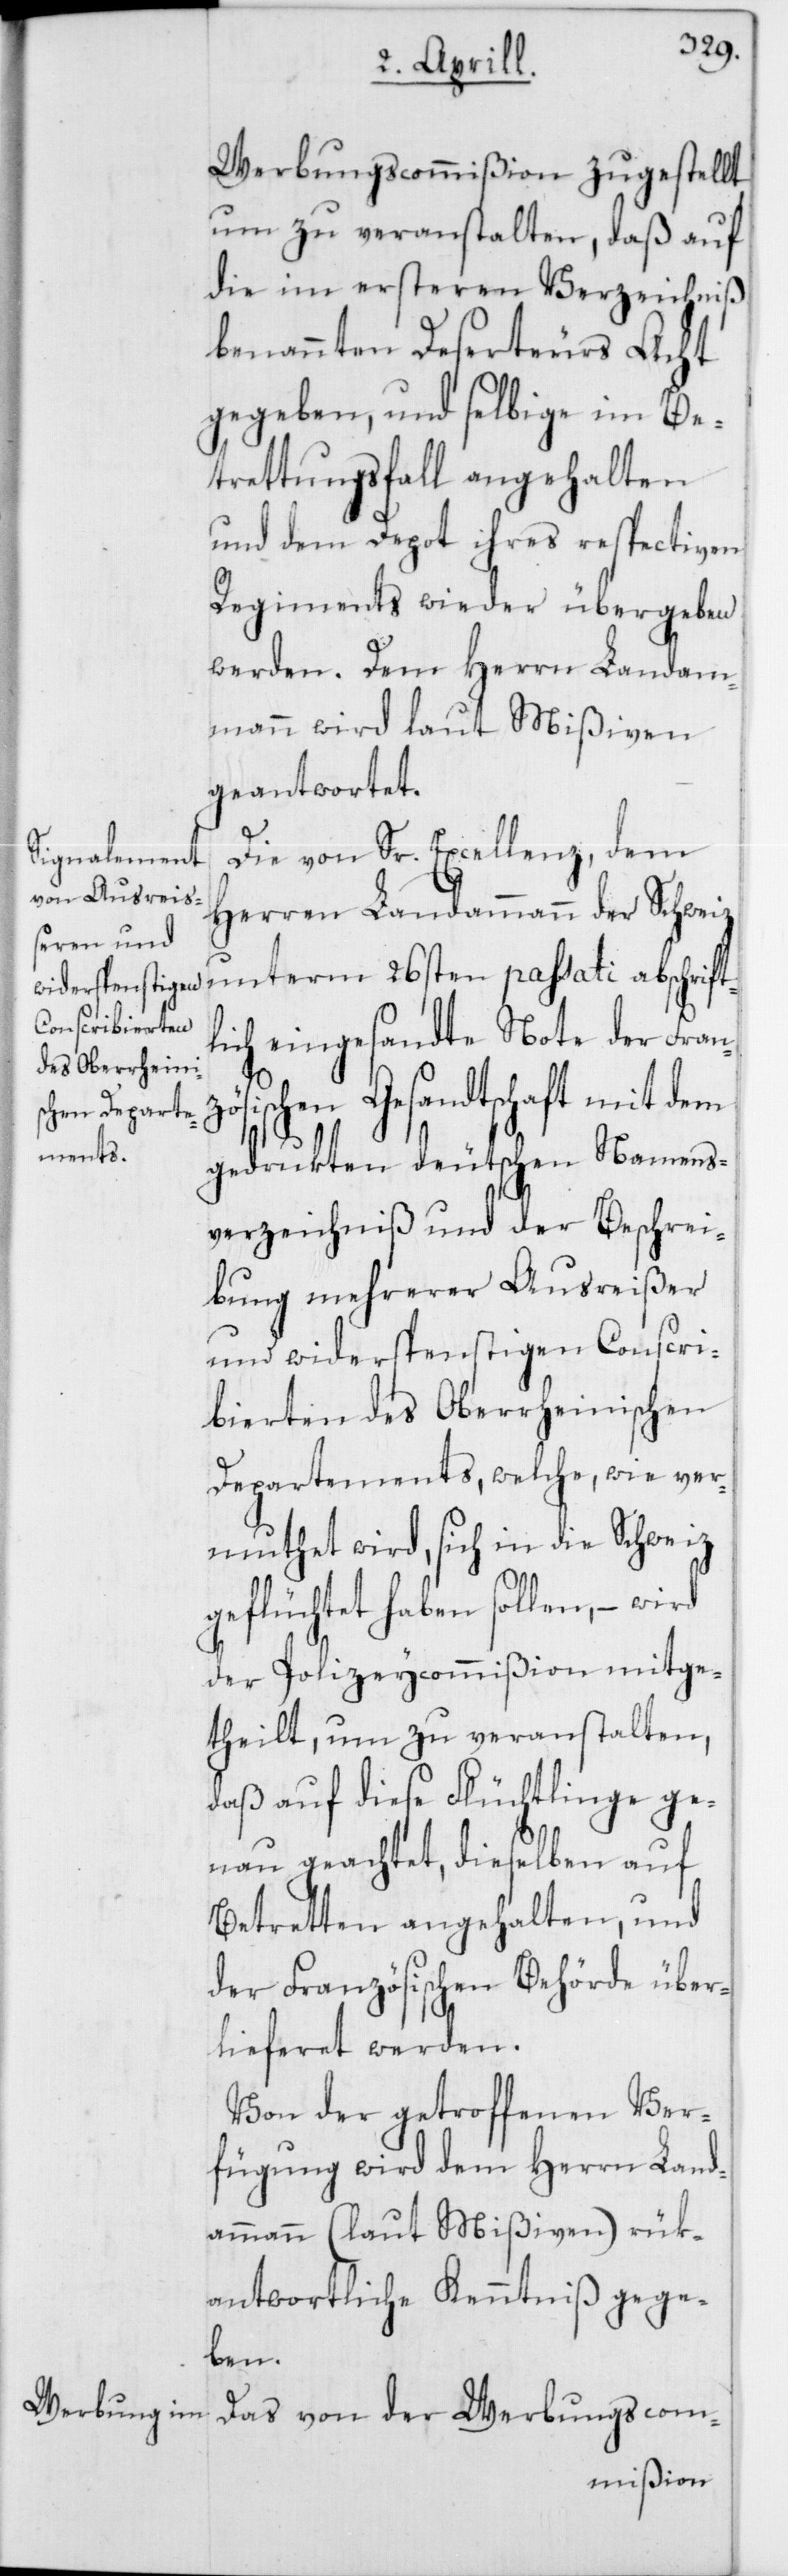
abschrift¬
Werbungscommißion zugestellt,
um zu veranstalten, daß auf
die im ersteren Verzeichniß
benannten Deserteurs Acht
gegeben, und selbige im Be¬
trettungsfall angehalten
und dem Depot ihres respectiven
Regiments wieder übergeben
werden. Dem Herrn Landam¬
mann wird laut Mißiven
geantwortet.
Die von Sr. Excellenz, dem
Herren Landammann der Schweiz
lich eingesandte Note der Franz¬
ösischen Gesandtschaft mit dem
gedrukten deutschen Namens¬
verzeichniß und der Beschrei¬
bung mehrerer Ausreißer
und widerspenstigen Conscri¬
bierten des Oberrheinischen
Departements, welche, wie ver¬
muthet wird, sich in die Schweiz
geflüchtet haben sollen, – wird
der Polizeycommißion mitge¬
theilt, um zu veranstalten,
daß auf diese Flüchtlinge ge¬
nau geachtet, dieselben auf
Betretten angehalten, und
der Französischen Behörde über¬
lieferet werden.
Von der getroffenen Ver¬
fügung wird dem Herrn Land¬
ammann (laut Mißiven) rük¬
antwortliche Kenntniß gege¬
ben.
Das von der Werbungscom-